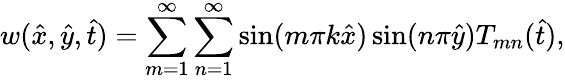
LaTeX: w(\hat{x},\hat{y},\hat{t})=\sum_{m=1}^{\infty}\sum_{n=1}^{\infty}\sin(m\pi k\hat{x})\sin(n\pi\hat{y}){T}_{mn}(\hat{t}),